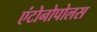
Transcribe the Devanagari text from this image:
एंटोनोपोलस